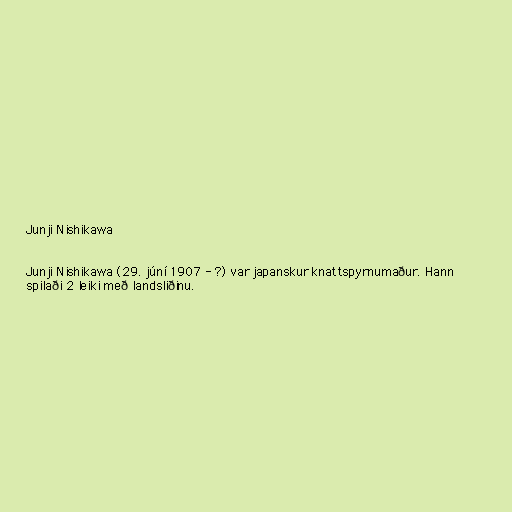
Junji Nishikawa

Junji Nishikawa (29. júní 1907 - ?) var japanskur knattspyrnumaður. Hann
spilaði 2 leiki með landsliðinu.